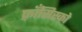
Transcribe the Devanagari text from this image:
फ़्राँसिस्को